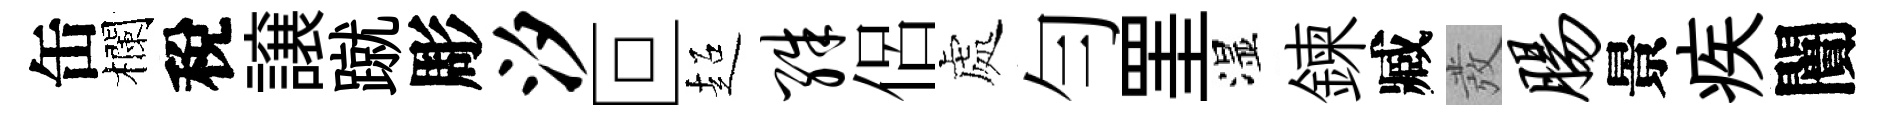
缶欄稅譲蹴彫汐叵超殊侶處勻罣湿鍊臧發肠景疾闠